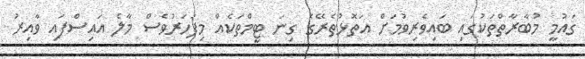
ގައުމީ މުބާރާތްތަކުގައި ބައިވެރިވުމަށް އަތޮޅުތެރޭގެ ގިނަ ޓީމްތަކެއް މިފަހަރުވެސް މާލެ އައިސްފައި ވާއިރު